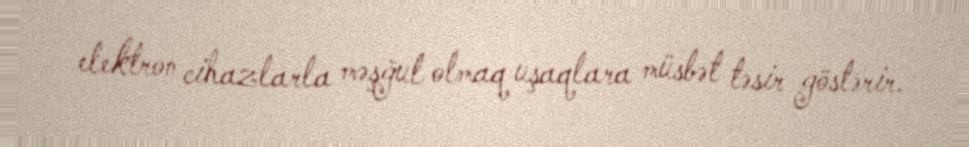
elektron cihazlarla məşğul olmaq uşaqlara müsbət təsir göstərir.